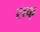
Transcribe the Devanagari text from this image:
राक्‌